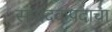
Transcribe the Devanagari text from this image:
संपादकपदाचा